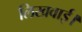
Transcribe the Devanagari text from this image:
लिखवाई।